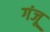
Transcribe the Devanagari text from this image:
गंजू